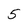
Character: 5